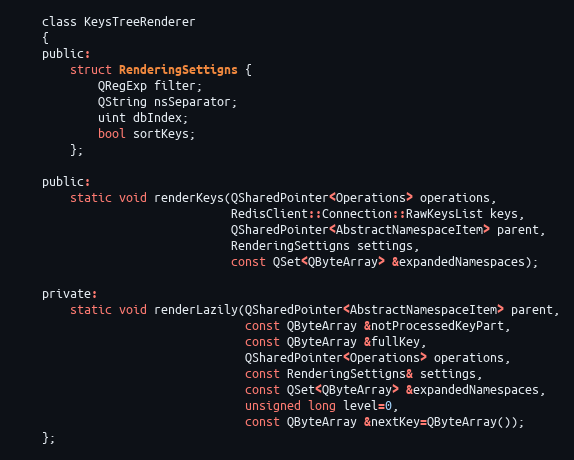
Language: C
    class KeysTreeRenderer
    {
    public:
        struct RenderingSettigns {
            QRegExp filter;
            QString nsSeparator;
            uint dbIndex;
            bool sortKeys;
        };

    public:
        static void renderKeys(QSharedPointer<Operations> operations,
                               RedisClient::Connection::RawKeysList keys,
                               QSharedPointer<AbstractNamespaceItem> parent,
                               RenderingSettigns settings,
                               const QSet<QByteArray> &expandedNamespaces);

    private:
        static void renderLazily(QSharedPointer<AbstractNamespaceItem> parent,
                                 const QByteArray &notProcessedKeyPart,
                                 const QByteArray &fullKey,
                                 QSharedPointer<Operations> operations,
                                 const RenderingSettigns& settings,
                                 const QSet<QByteArray> &expandedNamespaces,
                                 unsigned long level=0,
                                 const QByteArray &nextKey=QByteArray());
    };